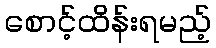
စောင့်ထိန်းရမည့်